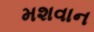
મશવાન